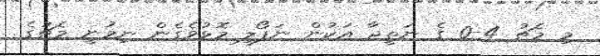
މި މެޗު 4-0 ގެ ނަތީޖާ އަކުން ނަޕޯލީ މޮޅުވެގެން ނިމުނީ މެޗުގެ